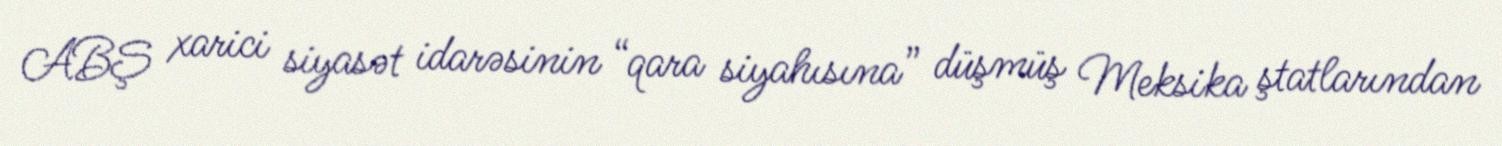
ABŞ xarici siyasət idarəsinin “qara siyahısına” düşmüş Meksika ştatlarından